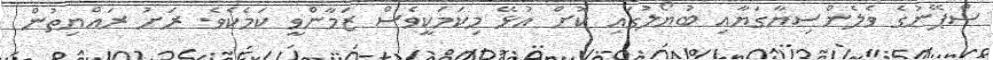
ސްޕޭނުގެ ވެލެންސިޔާގަޔާއި ބުޔޯލުގައި ކޮށް އުޅޭ މިކަމަކީވެސް ޒަމާންވީ ކަމެކެވެ. ރަށު ރައްޔިތުން